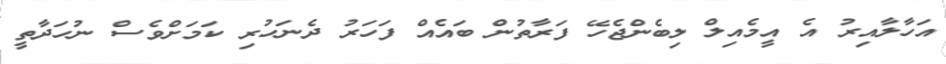
އަހާލާއިރު އެ އީމެއިލް ލިބެންޖެހޭ ފަރާތުން ބައެއް ފަހަރު ދެނަހުރި ކަމަށްވެސް ނުހަދާތީ